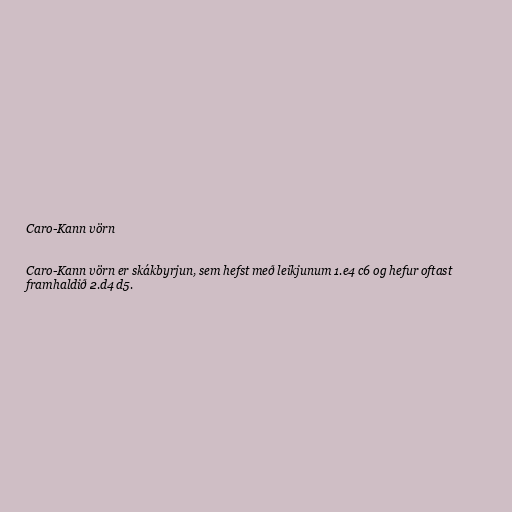
Caro-Kann vörn

Caro-Kann vörn er skákbyrjun, sem hefst með leikjunum 1.e4 c6 og hefur oftast
framhaldið 2.d4 d5.